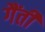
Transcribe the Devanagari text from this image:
गैंती